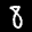
Label: 8